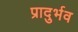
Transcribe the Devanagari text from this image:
प्रादुर्भव